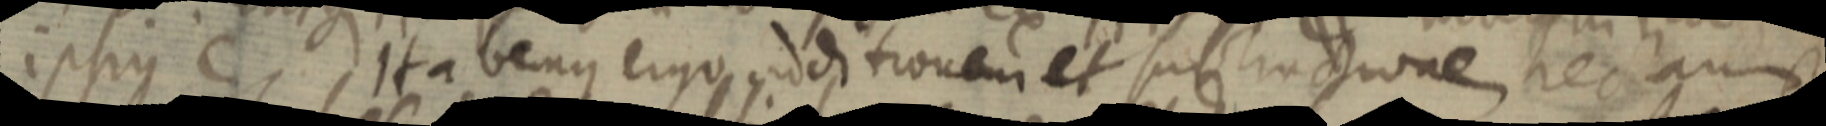
ipsius C Ita benus ergo additionem et substractione rectam